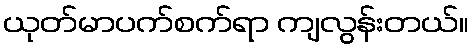
ယုတ်မာပက်စက်ရာ ကျလွန်းတယ်။